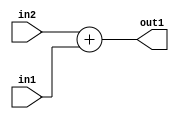
`timescale 1ps / 1ps
/*****************************************************************************
    Verilog RTL Description
    
    
    Created by: Stratus DpOpt 2019.1.01 
*******************************************************************************/

module DC_Filter_Add_12Ux5U_12U_4 (
	in2,
	in1,
	out1
	); /* architecture "behavioural" */ 
input [11:0] in2;
input [4:0] in1;
output [11:0] out1;
wire [11:0] asc001;

assign asc001 = 
	+(in2)
	+(in1);

assign out1 = asc001;
endmodule

/* CADENCE  urnzTgw= : u9/ySgnWtBlWxVPRXgAZ4Og= ** DO NOT EDIT THIS LINE ******/